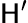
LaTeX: \mathsf{H}^{\prime}